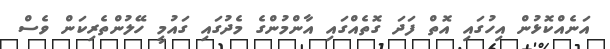
އަނެއްކޮޅުން އިހުގައި އޮތް ފަދަ ގޮތެއްގައި އާންމުންގެ މެދުގައި ގައުމީ ހޭލުންތެރިކަން ވެސް